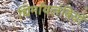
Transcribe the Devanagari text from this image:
धिर्मावलंबियों